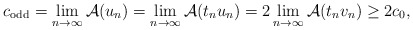
\begin{align*} c_{\mathrm{odd}} = \lim_{n \to \infty} \mathcal{A} (u_n) = \lim_{n \to \infty} \mathcal{A} (t_n u_n) = 2 \lim_{n \to \infty} \mathcal{A} (t_n v_n) \ge 2 c_0,\end{align*}